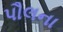
પૌલના